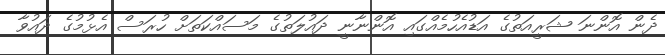
ދެން އޮންނަ ޝަރީއަތުގެ އަޑުއެހުމެއްގައި އޮންނާނީ ދައުލަތުގެ މަސައްކަތަށް ހުރަސް އެޅުމުގެ ދައުވާ